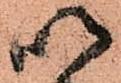
以